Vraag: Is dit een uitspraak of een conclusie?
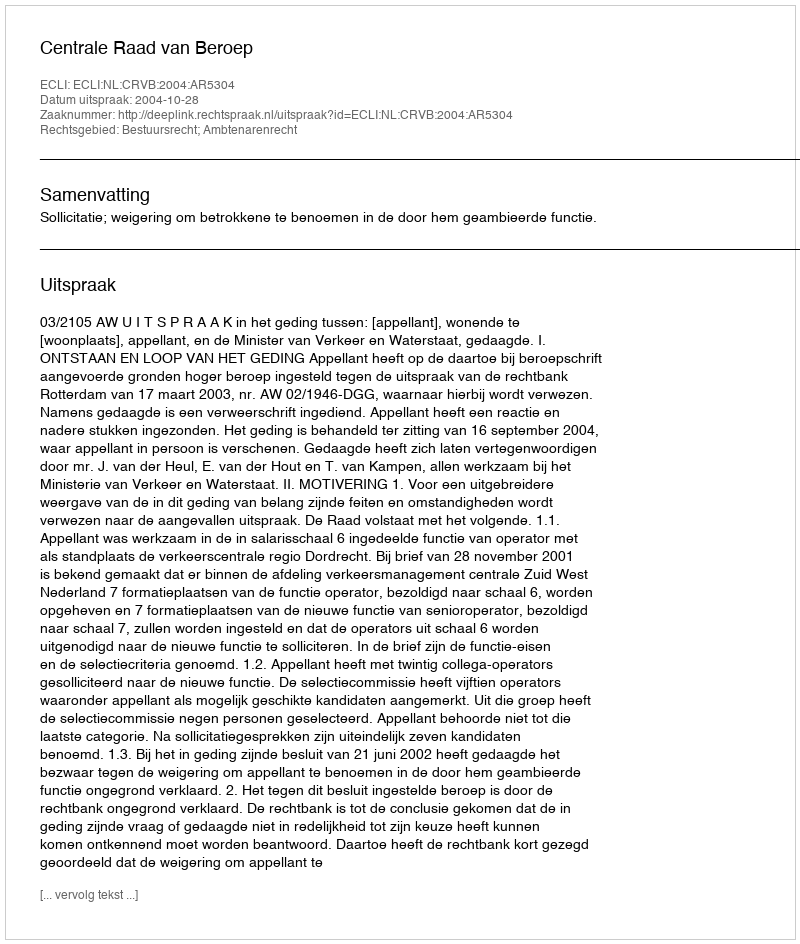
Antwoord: Uitspraak